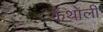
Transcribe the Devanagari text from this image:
कैथोली